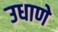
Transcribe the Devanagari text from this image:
उधाणे